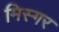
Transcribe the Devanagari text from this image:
मिस्गर